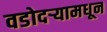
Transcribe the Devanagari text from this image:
वडोदऱ्यामधून